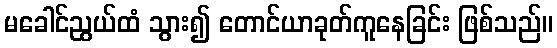
မခေါင်ညွယ်ထံ သွား၍ တောင်ယာခုတ်ကူနေခြင်း ဖြစ်သည်။